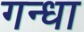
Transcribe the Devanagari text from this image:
गन्धा